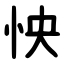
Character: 怏